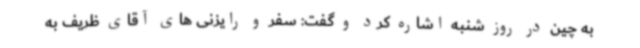
به چین در روز شنبه اشاره کرد و گفت: سفر و رایزنی های آقای ظریف به